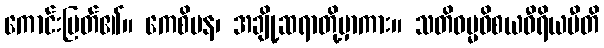
ကောင်းမြတ်၏။ ကေစိပန၊ အချို့ဆရာတို့မှာကား။ သတိဓမ္မဝိစယဝီရိယပီတိ